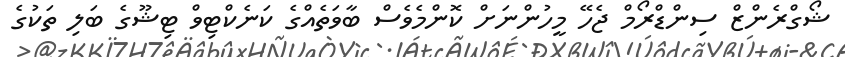
ޝޯގްރެންޒް ސިންޑްރޯމް ޖެހޭ މީހުންނަށް ކޮންމެވެސް ބާވަތެއްގެ ކަނެކްޓިވް ޓިޝޫގެ ބަލި ތަކުގެ